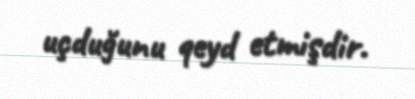
uçduğunu qeyd etmişdir.